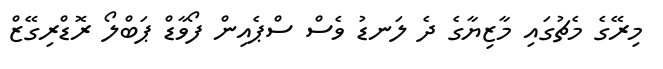
މިރޭގެ މެޗުގައި މާޒިޔާގެ ދެ ލަނޑު ވެސް ސްޕެއިން ފޯވާޑް ޕަބްލޯ ރޮޑްރިގޭޒް